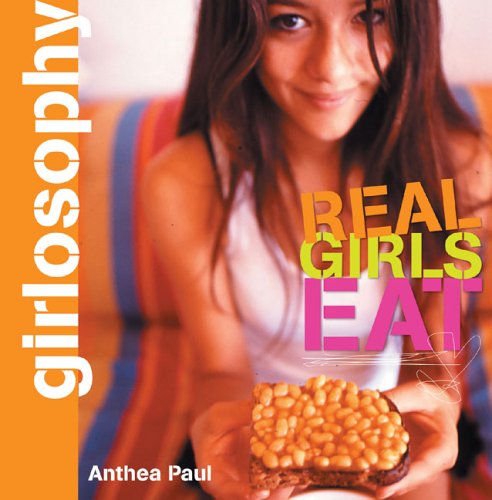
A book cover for Girlosophy: Real Girls Eat (Girlosophy series); Anthea Paul; Teen & Young Adult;